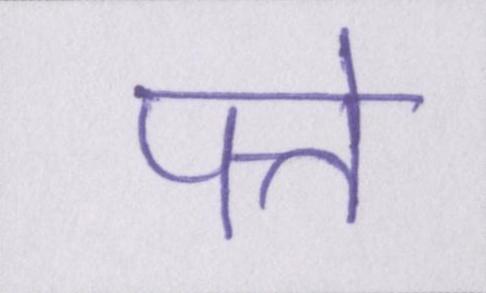
पत्ते